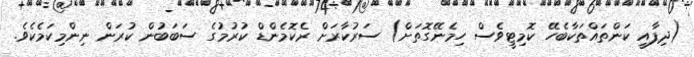
(ދިފާއީ ކަންތައްތަކާބެހޭ ކޮމިޓީވެސް ހިމެނޭގޮތަށް) ސަރުކާރަށް ރެކޮމެންޑް ކުރުމުގެ ސަބަބުން ކުރަން ނިންމިކަމެކެވެ.